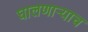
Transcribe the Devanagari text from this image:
घालणाऱ्याच